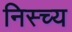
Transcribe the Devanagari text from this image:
निस्च्य